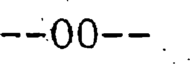
--00--